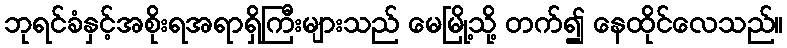
ဘုရင်ခံနှင့်အစိုးရအရာရှိကြီးများသည် မေမြို့သို့ တက်၍ နေထိုင်လေသည်။